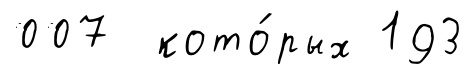
007 кото́рых 193